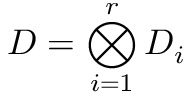
D = \bigotimes _ { i = 1 } ^ { r } D _ { i }